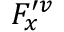
F _ { x } ^ { \prime v }